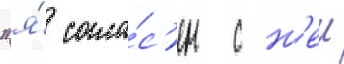
"я́ согла́с'ен с н'еи